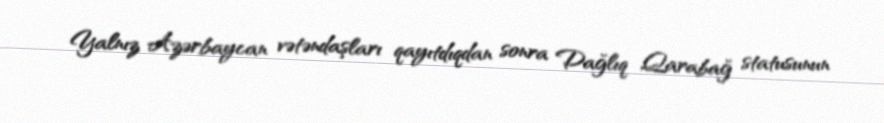
Yalnız Azərbaycan vətəndaşları qayıtdıqdan sonra Dağlıq Qarabağ statusunun